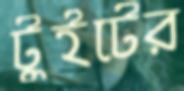
টুইটের